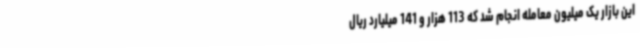
این بازار یک میلیون معامله انجام شد که 113 هزار و 141 میلیارد ریال